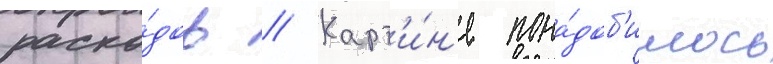
расхо́дов // Карт'и́н'е пона́доб'илось